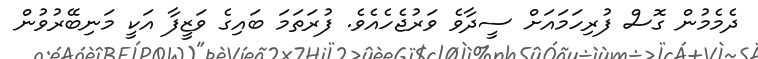
ދެމެމުން ގޮސް ފުރިހަމައަށް ސީދާވެ ވަރުޖެހެއެވެ. ފުރަތަމަ ބައިގެ ވަޒީފާ އަކީ މަނިބޭރުވުން